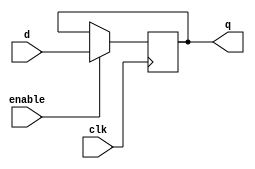
module gated_d_latch_flip_flop (
    input wire clk,
    input wire enable,
    input wire d,
    output reg q
);

always @(posedge clk) begin
    if (enable) begin
        q <= d;
    end
end

endmodule